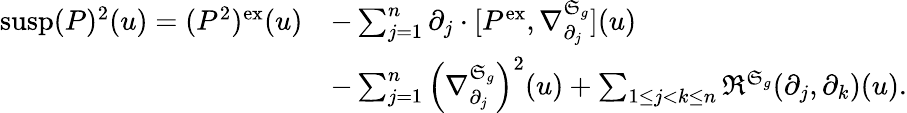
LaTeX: \begin{array}{rl}{\mathrm{susp}(P)^{2}(u)=(P^{2})^{\mathrm{ex}}(u)}&{-\sum_{j=1}^{n}\partial_{j}\cdot\lbrack P^{\mathrm{ex}},\nabla_{\partial_{j}}^{\mathfrak{S}_{g}}\rbrack(u)}\\ &{-\sum_{j=1}^{n}\left(\nabla_{\partial_{j}}^{\mathfrak{S}_{g}}\right)^{2}(u)+\sum_{1\leq j<k\leq n}\mathfrak{R}^{\mathfrak{S}_{g}}(\partial_{j},\partial_{k})(u).}\end{array}